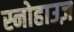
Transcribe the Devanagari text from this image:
स्नोहाउज़